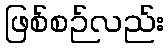
ဖြစ်စဉ်လည်း